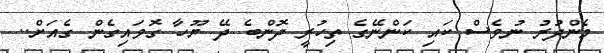
މެންދުރު ނުވެސް ކައި ކަންނޭގެ ތިހުރީ ދޮންބެ ދޭ ޔޫހާ ގޮވައިގެން ގެއަށް..